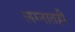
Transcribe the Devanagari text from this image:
लग्नातही